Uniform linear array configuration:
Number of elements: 16
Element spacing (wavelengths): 0.25
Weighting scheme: exponential
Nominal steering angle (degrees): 60
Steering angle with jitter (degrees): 58.486
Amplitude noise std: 0.05
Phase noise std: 0.05

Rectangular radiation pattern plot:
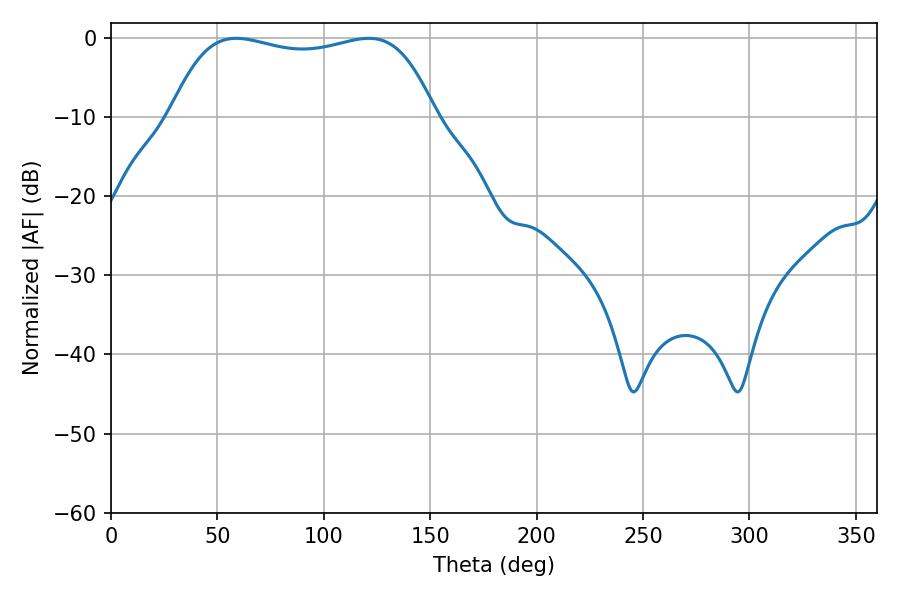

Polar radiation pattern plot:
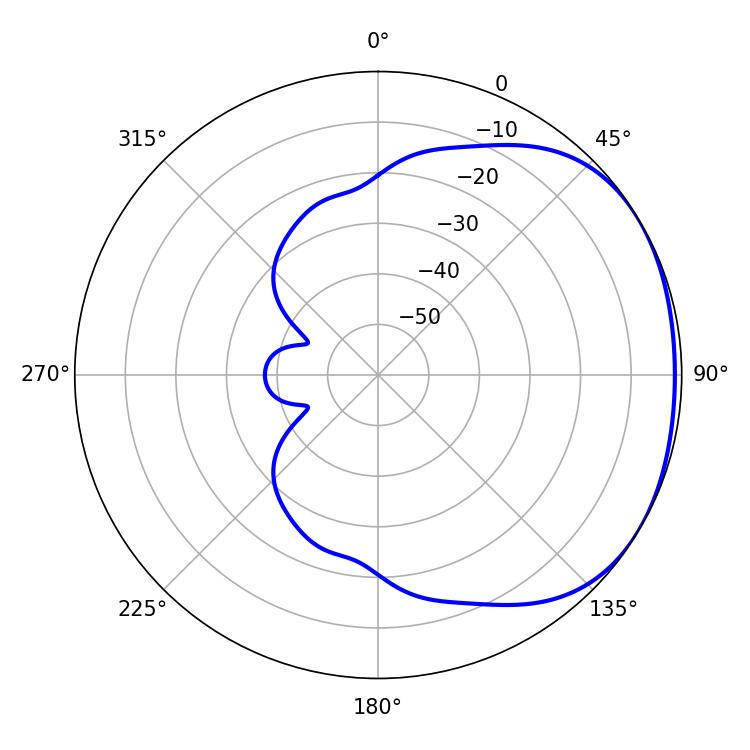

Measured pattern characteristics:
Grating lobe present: FALSE
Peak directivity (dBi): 1.615
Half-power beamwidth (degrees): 100.08
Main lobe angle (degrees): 58.86